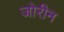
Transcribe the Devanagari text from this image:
जोरीन